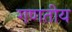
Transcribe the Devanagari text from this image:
गणतीय